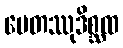
ပေတဿုဒိစ္ဆထ